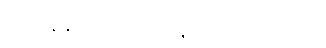
အဘိနန္ဒ-သဒ္ဒါ ဟောနိုင်သော သုံးနက်။